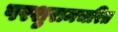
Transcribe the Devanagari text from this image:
परशुरामचरित